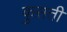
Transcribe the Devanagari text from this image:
कुस़ती